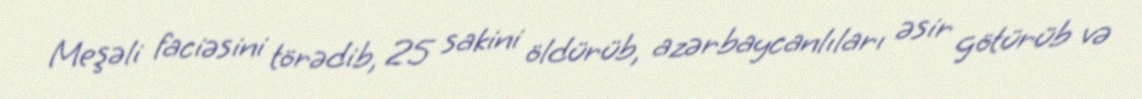
Meşəli faciəsini törədib, 25 sakini öldürüb, azərbaycanlıları əsir götürüb və